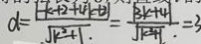
d = \frac { \vert - k + 2 + 4 k + 2 \vert } { \sqrt { k ^ { 2 } + 1 . } } = \frac { \vert 3 k + 4 \vert } { \sqrt { k ^ { 2 } + 1 . } } = 3